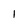
Character: 1